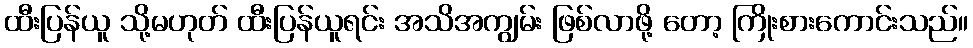
ထီးပြန်ယူ သို့မဟုတ် ထီးပြန်ယူရင်း အသိအကျွမ်း ဖြစ်လာဖို့ တော့ ကြိုးစားကောင်းသည်။